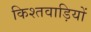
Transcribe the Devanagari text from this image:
किश्तवाड़ियों